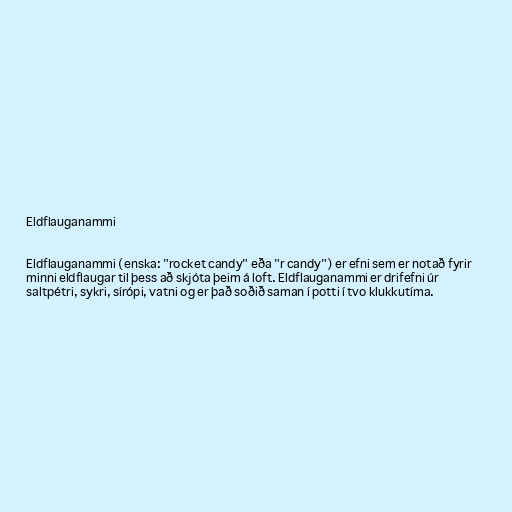
Eldflauganammi

Eldflauganammi (enska: "rocket candy" eða "r candy") er efni sem er notað fyrir
minni eldflaugar til þess að skjóta þeim á loft. Eldflauganammi er drifefni úr
saltpétri, sykri, sírópi, vatni og er það soðið saman í potti í tvo klukkutíma.